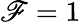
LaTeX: \mathscr{F}=1